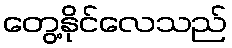
တွေ့နိုင်လေသည်